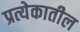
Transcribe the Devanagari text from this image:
प्रत्येकातील